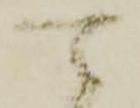
可